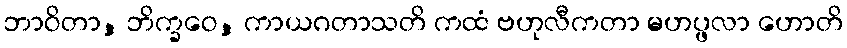
ဘာဝိတာ, ဘိက္ခဝေ, ကာယဂတာသတိ ကထံ ဗဟုလီကတာ မဟပ္ဖလာ ဟောတိ